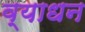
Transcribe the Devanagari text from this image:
व्याधन